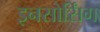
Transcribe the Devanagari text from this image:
इनसोर्सिंग